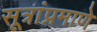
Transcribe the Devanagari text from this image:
सूत्रांप्रमाणे